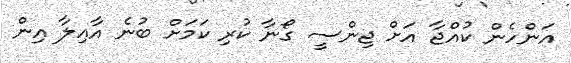
އަންހެން ކުއްޖާ އަށް ޖިންސީ ގޯނާ ކުރި ކަމަށް ބުނެ އާއިލާ އިން